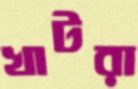
খাটরা